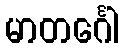
မာတင်္ဂေါ